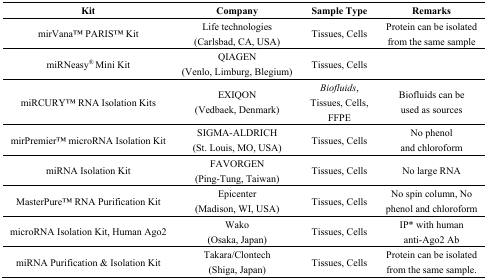
<table><thead><tr><td><b>Kit</b></td><td><b>Company</b></td><td><b>Sample Type</b></td><td><b>Remarks</b></td></tr></thead><tbody><tr><td>mirVanaTM PARISTM Kit</td><td>Life technologies (Carlsbad, CA, USA)</td><td>Tissues, Cells</td><td>Protein can be isolated from the same sample</td></tr><tr><td>miRNeasy<sup>®</sup> Mini Kit</td><td>QIAGEN (Venlo, Limburg, Blegium)</td><td>Tissues, Cells</td><td></td></tr><tr><td>miRCURYTM RNA Isolation Kits</td><td>EXIQON (Vedbaek, Denmark)</td><td><i>Biofluids</i>, Tissues, Cells, FFPE</td><td>Biofluids can be used as sources</td></tr><tr><td>mirPremierTM microRNA Isolation Kit</td><td>SIGMA-ALDRICH (St. Louis, MO, USA)</td><td>Tissues, Cells</td><td>No phenol and chloroform</td></tr><tr><td>miRNA Isolation Kit</td><td>FAVORGEN (Ping-Tung, Taiwan)</td><td>Tissues, Cells</td><td>No large RNA</td></tr><tr><td>MasterPureTM RNA Purification Kit</td><td>Epicenter (Madison, WI, USA)</td><td>Tissues, Cells</td><td>No spin column, No phenol and chloroform</td></tr><tr><td>microRNA Isolation Kit, Human Ago2</td><td>Wako (Osaka, Japan)</td><td>Tissues, Cells</td><td>IP* with human anti-Ago2 Ab</td></tr><tr><td>miRNA Purification &amp; Isolation Kit</td><td>Takara/Clontech (Shiga, Japan)</td><td>Tissues, Cells</td><td>Protein can be isolated from the same sample.</td></tr></tbody></table>